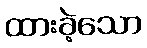
ထားခဲ့သော